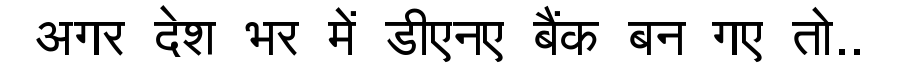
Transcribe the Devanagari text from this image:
अगर देश भर में डीएनए बैंक बन गए तो..